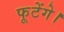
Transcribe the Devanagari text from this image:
फूटेंगे।